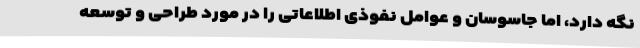
نگه دارد، اما جاسوسان و عوامل نفوذی اطلاعاتی را در مورد طراحی و توسعه